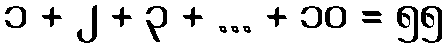
၁ + ၂ + ၃ + ... + ၁၀ = ၅၅